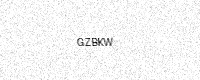
Text: GZBKW